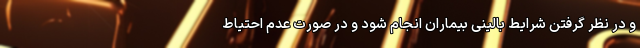
و در نظر گرفتن شرایط بالینی بیماران انجام شود و در صورت عدم احتیاط